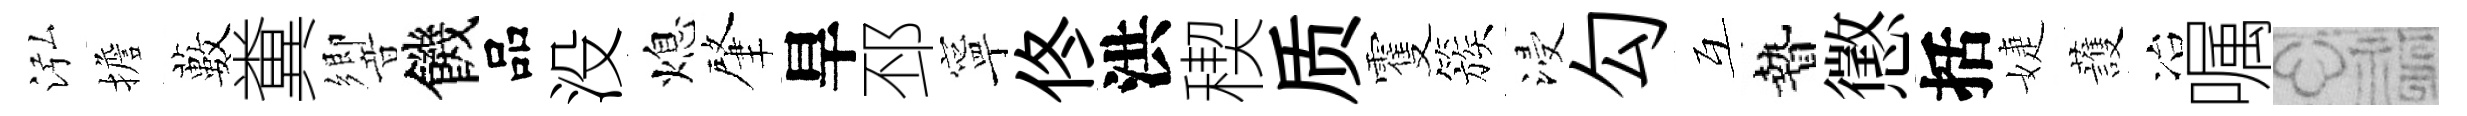
泓擔藪糞響饑品没熄肇旱邳寧佟洪稧质䨥簇浸勾互贄懲括婕䕶冶嘱福